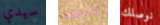
سيدي ماتش نوصلك